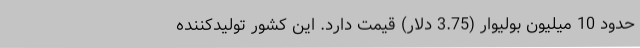
حدود 10 میلیون بولیوار (3.75 دلار) قیمت دارد. این کشور تولیدکننده